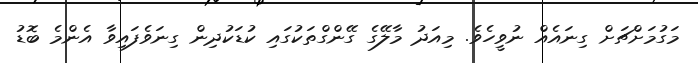
މަގުމަށްޗަށް ގިނައެއް ނުވީހެވެ. މިއަދު މާލޭގެ ގޭންގްތަކުގައި ކުޑަކުދިން ގިނަވެފައިވާ އެންމެ ބޮޑު